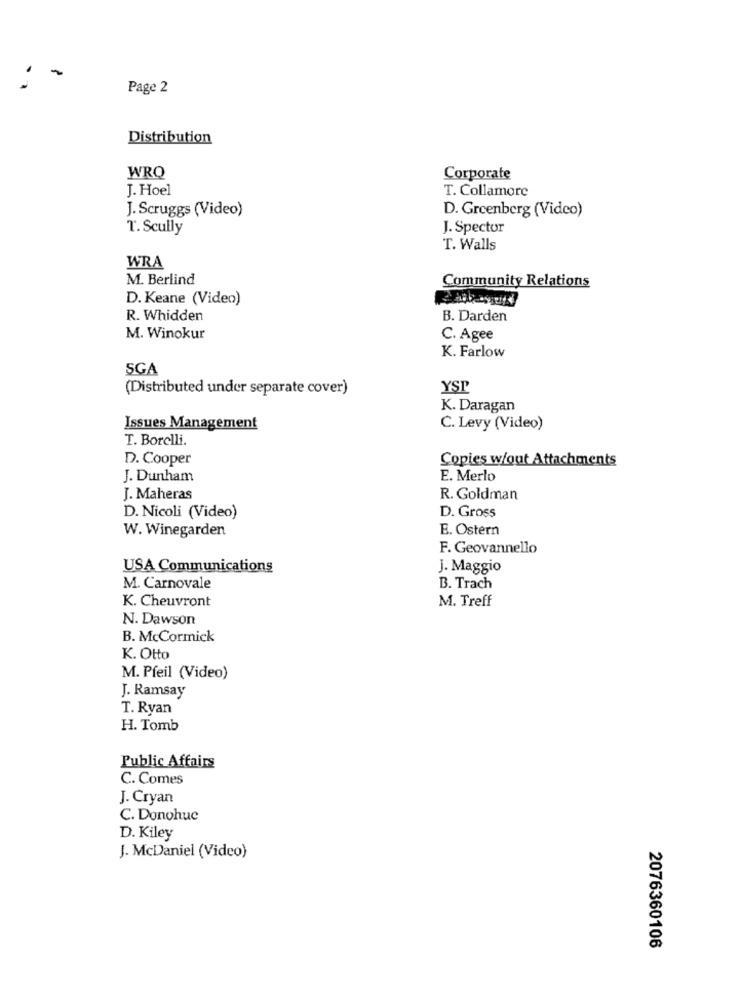
Page 2
Distribution
WRO
Corporate
J. Hoel
T. Collamore
J. Scruggs (Video)
D. Greenberg (Video)
T. Scully
J. Spector
T. Walls
WRA
M. Berlind
Community Relations
D. Keane (Video)
R. Whidden
B. Darden
M. Winokur
C. Agee
K. Farlow
SGA
(Distributed under separate cover)
YSP
K. Daragan
Issues Management
C. Levy (Video)
T. Borelli.
D. Cooper
Copies w/out Attachments
J. Dunham
E. Merlo
J. Maheras
R. Goldman
D. Nicoli (Video)
D. Gross
W. Winegarden
B. Ostern
F. Geovannello
USA Communications
J. Maggio
M. Carnovale
B. Trach
K. Cheuvront
M. Treff
N. Dawson
B. McCormick
K. Otto
M. Pfeil (Video)
J. Ramsay
T. Ryan
H. Tomb
Public Affairs
C. Comes
J. Cryan
C. Donohue
D. Kiley
J. McDaniel (Video)
2076360106